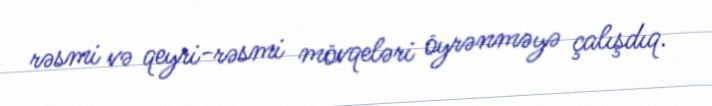
rəsmi və qeyri-rəsmi mövqeləri öyrənməyə çalışdıq.